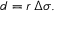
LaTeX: d = r \, \Delta \sigma .